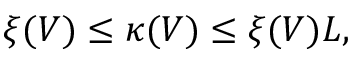
\begin{array} { r } { \xi ( V ) \le \kappa ( V ) \le \xi ( V ) L , } \end{array}